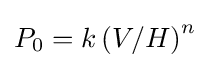
P_{0}=k\left(V/H\right)^{n}